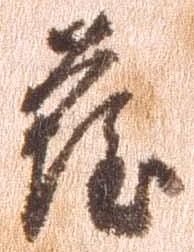
薩